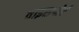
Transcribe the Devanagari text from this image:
वाइसपोर्ट